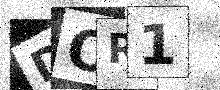
Text: DOR1